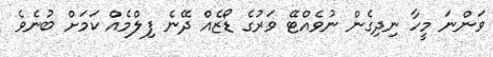
ވަންނަ މީހާ ނިދިގެން ނުވެއްޓޭ ވަރުގެ ޑޯޒެއް ދޭނެ ފިލްމެއް ކަމަށް ބުނެވެ